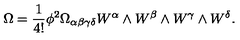
\Omega = \frac { 1 } { 4 ! } \phi ^ { 2 } \Omega _ { \alpha \beta \gamma \delta } W ^ { \alpha } \wedge W ^ { \beta } \wedge W ^ { \gamma } \wedge W ^ { \delta } .